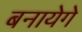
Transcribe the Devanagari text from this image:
बनायेगे